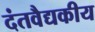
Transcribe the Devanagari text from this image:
दंतवैद्यकीय